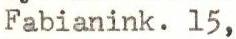
Fabianink. l5,